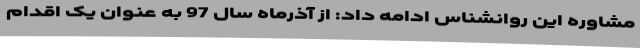
مشاوره این روانشناس ادامه داد: از آذرماه سال 97 به عنوان یک اقدام